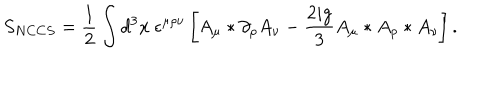
S _ { N C C S } = \frac { 1 } { 2 } \int d ^ { 3 } x ~ \epsilon ^ { \mu \rho \nu } \left[ A _ { \mu } \ast \partial _ { \rho } A _ { \nu } - \frac { 2 i g } { 3 } A _ { \mu } \ast A _ { \rho } \ast A _ { \nu } \right] .